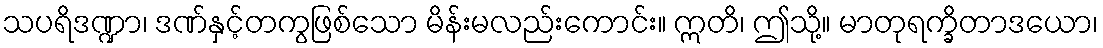
သပရိဒဏ္ဍာ၊ ဒဏ်နှင့်တကွဖြစ်သော မိန်းမလည်းကောင်း။ ဣတိ၊ ဤသို့။ မာတုရက္ခိတာဒယော၊